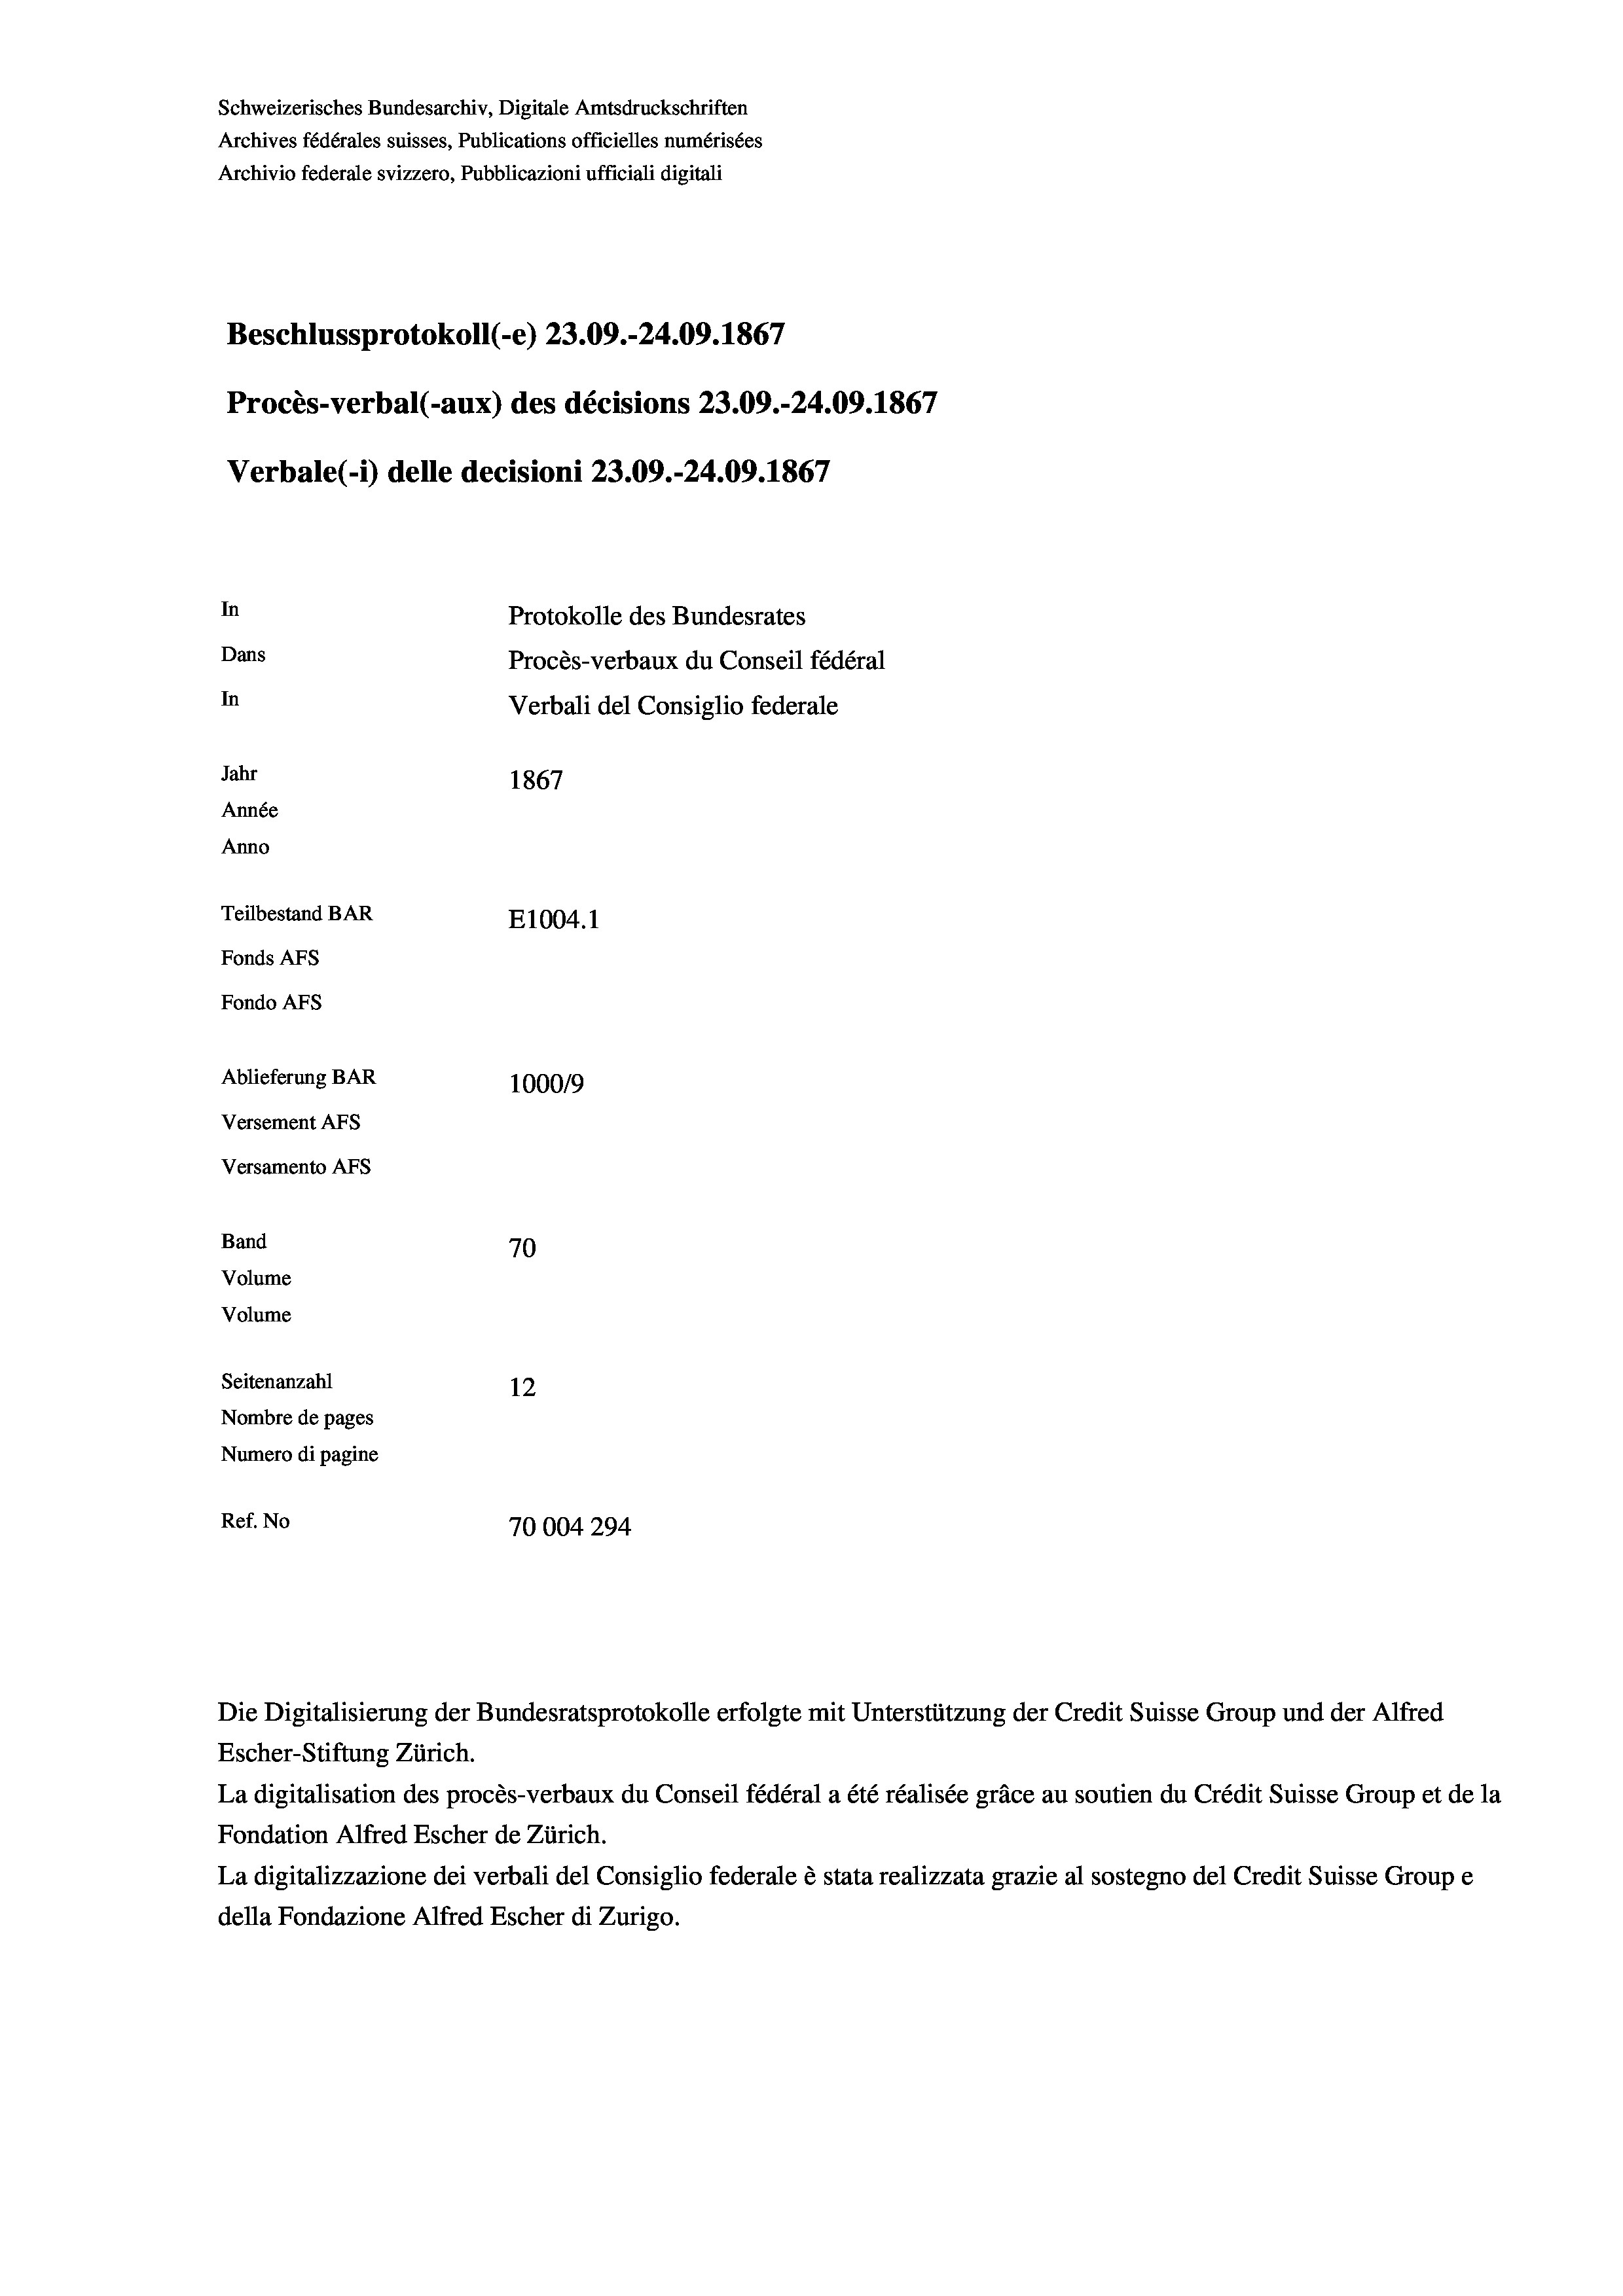
Schweizerisches Bundesarchiv, Digitale Amtsdruckschriften
Archives fédérales suisses, Publications officielles numérisées
Archivio federale svizzero, Pubblicazioni ufficiali digitali
Beschlussprotokoll (-e) 23.09.-24.09. 1867
Procès-verbal (-aux) des décisions 23.09.-24.09. 1867
Verbale (- 1) delle decisioni 23.09.-24.09. 1867
In
Protokolle des Bundesrates
Dans
Procès-verbaux du Conseil fédéral
In
Verbali del Consiglio federale
Jahr
1867
Année
Anno
Teilbestand BAR
E1004.1
Fonds AFs
Fondo AFS
Ablieferung BAR
100019
Versement AFs
Versamento AFs
Band
70
Volume
Volume
Seitenanzahl
12
Nombre de pages
Numero di pagine
Ref. No
70004294

Escher-Stiftung Zürich.
La digitalisation des procès-verbaux du Conseil fédéral a été réalisée gräce au soutien du Crédit Suisse Group et de la
Fondation Alfred Escher de Zürich.
La digitalizzazione dei verbali del Consiglio federale è stata realizzata grazie al sostegno del Credit Suisse Groupe
della Fondazione Alfred Escher di Zurigo.

Die Digitalisierung der Bundesratsprotokolle erfolgte mit Unterstützung der Credit Suisse Group und der Alfred